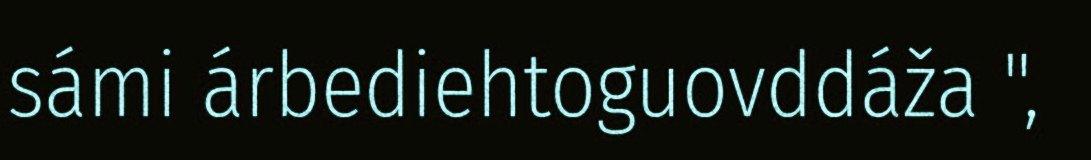
sámi árbediehtoguovddáža ",